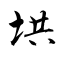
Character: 垬